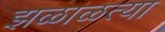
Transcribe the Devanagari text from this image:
झळाळत्या